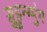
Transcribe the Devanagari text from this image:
सुहुन्ग्मुंग